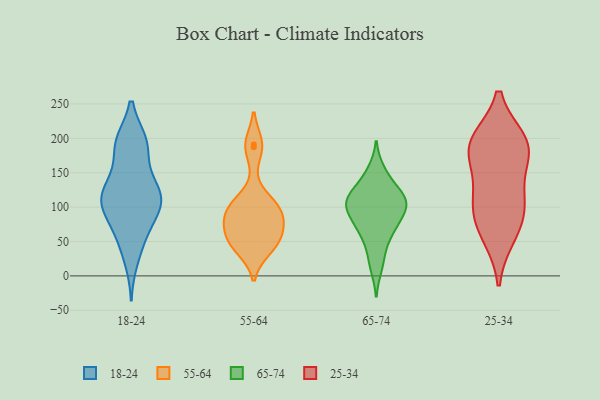
{"axis": {"x": "Active Users", "y": "Value"}, "legend": ["18-24", "25-34", "55-64", "65-74"], "data": [{"x": "", "y": 45, "type": "18-24"}, {"x": "", "y": 109, "type": "18-24"}, {"x": "", "y": 61, "type": "18-24"}, {"x": "", "y": 24, "type": "18-24"}, {"x": "", "y": 125, "type": "18-24"}, {"x": "", "y": 194, "type": "18-24"}, {"x": "", "y": 85, "type": "18-24"}, {"x": "", "y": 110, "type": "18-24"}, {"x": "", "y": 72, "type": "18-24"}, {"x": "", "y": 110, "type": "18-24"}, {"x": "", "y": 117, "type": "18-24"}, {"x": "", "y": 98, "type": "18-24"}, {"x": "", "y": 194, "type": "18-24"}, {"x": "", "y": 192, "type": "18-24"}, {"x": "", "y": 134, "type": "18-24"}, {"x": "", "y": 193, "type": "18-24"}, {"x": "", "y": 145, "type": "18-24"}, {"x": "", "y": 116, "type": "18-24"}, {"x": "", "y": 107, "type": "18-24"}, {"x": "", "y": 189, "type": "18-24"}, {"x": "", "y": 105, "type": "55-64"}, {"x": "", "y": 60, "type": "55-64"}, {"x": "", "y": 42, "type": "55-64"}, {"x": "", "y": 52, "type": "55-64"}, {"x": "", "y": 80, "type": "55-64"}, {"x": "", "y": 191, "type": "55-64"}, {"x": "", "y": 106, "type": "55-64"}, {"x": "", "y": 57, "type": "55-64"}, {"x": "", "y": 40, "type": "55-64"}, {"x": "", "y": 87, "type": "55-64"}, {"x": "", "y": 99, "type": "55-64"}, {"x": "", "y": 187, "type": "55-64"}, {"x": "", "y": 86, "type": "55-64"}, {"x": "", "y": 122, "type": "65-74"}, {"x": "", "y": 102, "type": "65-74"}, {"x": "", "y": 142, "type": "65-74"}, {"x": "", "y": 94, "type": "65-74"}, {"x": "", "y": 60, "type": "65-74"}, {"x": "", "y": 109, "type": "65-74"}, {"x": "", "y": 32, "type": "65-74"}, {"x": "", "y": 114, "type": "65-74"}, {"x": "", "y": 113, "type": "65-74"}, {"x": "", "y": 87, "type": "65-74"}, {"x": "", "y": 67, "type": "65-74"}, {"x": "", "y": 92, "type": "65-74"}, {"x": "", "y": 154, "type": "65-74"}, {"x": "", "y": 114, "type": "65-74"}, {"x": "", "y": 12, "type": "65-74"}, {"x": "", "y": 68, "type": "65-74"}, {"x": "", "y": 70, "type": "25-34"}, {"x": "", "y": 117, "type": "25-34"}, {"x": "", "y": 184, "type": "25-34"}, {"x": "", "y": 101, "type": "25-34"}, {"x": "", "y": 196, "type": "25-34"}, {"x": "", "y": 107, "type": "25-34"}, {"x": "", "y": 58, "type": "25-34"}, {"x": "", "y": 168, "type": "25-34"}, {"x": "", "y": 196, "type": "25-34"}, {"x": "", "y": 189, "type": "25-34"}]}